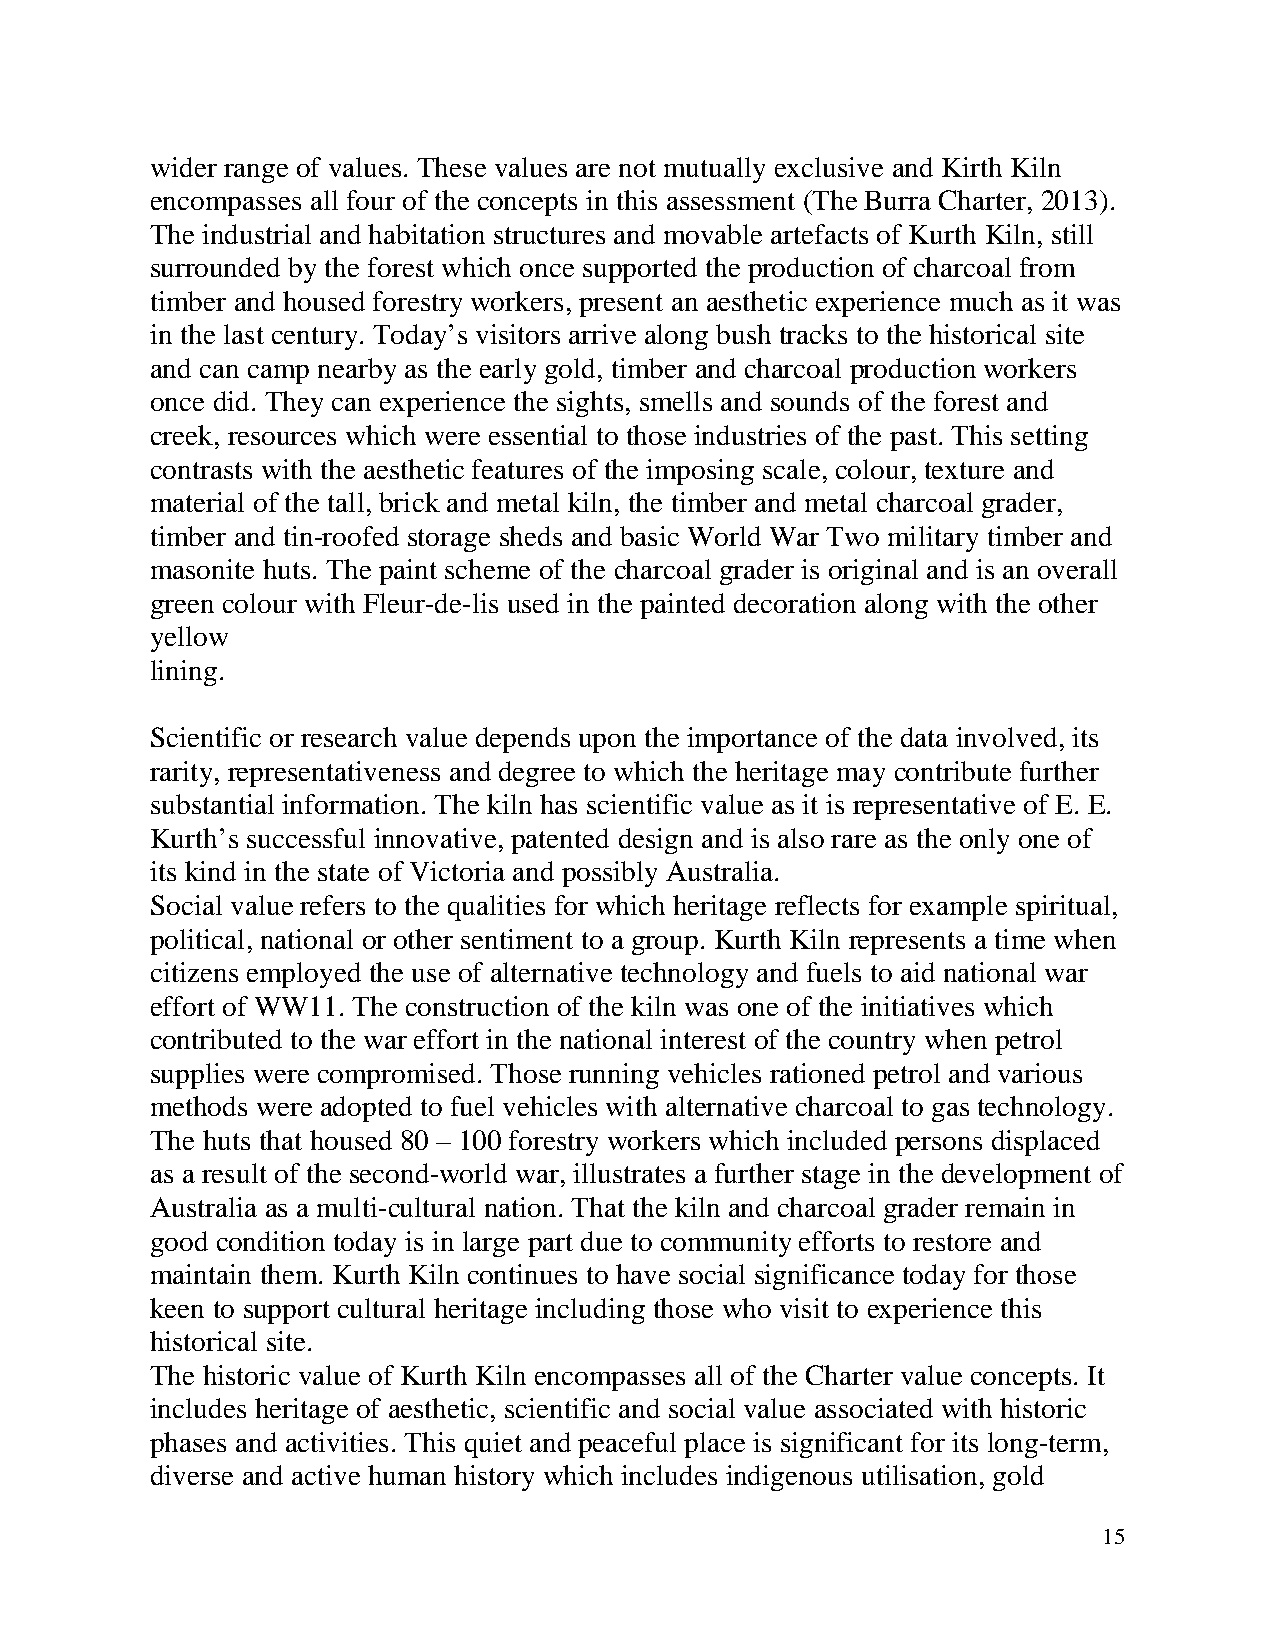
wider range of values. These values are not mutually exclusive and Kirth Kiln
 encompasses all four of the concepts in this assessment (The Burra Charter, 2013).
 The industrial and habitation structures and movable artefacts of Kurth Kiln, still
 surrounded by the forest which once supported the production of charcoal from
 timber and housed forestry workers, present an aesthetic experience much as it was
 in the last century. Today’s visitors arrive along bush tracks to the historical site
 and can camp nearby as the early gold, timber and charcoal production workers
 once did. They can experience the sights, smells and sounds of the forest and
 creek, resources which were essential to those industries of the past. This setting
 contrasts with the aesthetic features of the imposing scale, colour, texture and
 material of the tall, brick and metal kiln, the timber and metal charcoal grader,
 timber and tin-roofed storage sheds and basic World War Two military timber and
 masonite huts. The paint scheme of the charcoal grader is original and is an overall
 green colour with Fleur-de-lis used in the painted decoration along with the other
 yellow
 lining.
 Scientific or research value depends upon the importance of the data involved, its
 rarity, representativeness and degree to which the heritage may contribute further
 substantial information. The kiln has scientific value as it is representative of E. E.
 Kurth’s successful innovative, patented design and is also rare as the only one of
 its kind in the state of Victoria and possibly Australia.
 Social value refers to the qualities for which heritage reflects for example spiritual,
 political, national or other sentiment to a group. Kurth Kiln represents a time when
 citizens employed the use of alternative technology and fuels to aid national war
 effort of WW11. The construction of the kiln was one of the initiatives which
 contributed to the war effort in the national interest of the country when petrol
 supplies were compromised. Those running vehicles rationed petrol and various
 methods were adopted to fuel vehicles with alternative charcoal to gas technology.
 The huts that housed 80 – 100 forestry workers which included persons displaced
 as a result of the second-world war, illustrates a further stage in the development of
 Australia as a multi-cultural nation. That the kiln and charcoal grader remain in
 good condition today is in large part due to community efforts to restore and
 maintain them. Kurth Kiln continues to have social significance today for those
 keen to support cultural heritage including those who visit to experience this
 historical site.
 The historic value of Kurth Kiln encompasses all of the Charter value concepts. It
 includes heritage of aesthetic, scientific and social value associated with historic
 phases and activities. This quiet and peaceful place is significant for its long-term,
 diverse and active human history which includes indigenous utilisation, gold
 15